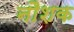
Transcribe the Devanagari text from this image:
नौशक